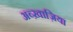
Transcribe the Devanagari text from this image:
अब्ख़ाज़िया